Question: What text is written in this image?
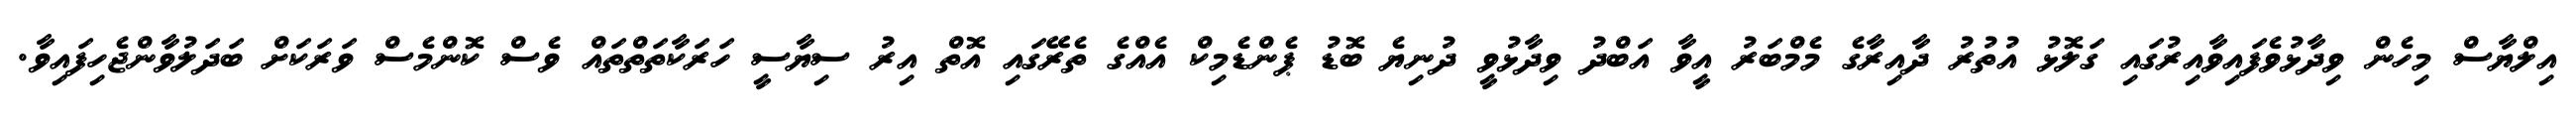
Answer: އިލްޔާސް މިހެން ވިދާޅުވެފައިވާއިރުގައި ގަލޮޅު އުތުރު ދާއިރާގެ މެމްބަރު އީވާ އަބްދު ވިދާޅުވީ ދުނިޔެ ބޮޑު ޕެންޑެމިކް އެއްގެ ތެރޭގައި އޮތް އިރު ސިޔާސީ ހަރަކާތަތްތައް ވެސް ކޮންމެސް ވަރަކަށް ބަދަލުވާންޖެހިފައިވާ.